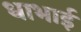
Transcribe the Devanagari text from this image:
धाभाई